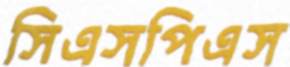
সিএসপিএস